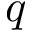
q